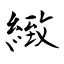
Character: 緻